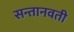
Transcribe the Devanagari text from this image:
सन्तानवती